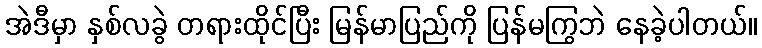
အဲဒီမှာ နှစ်လခွဲ တရားထိုင်ပြီး မြန်မာပြည်ကို ပြန်မကြွဘဲ နေခဲ့ပါတယ်။